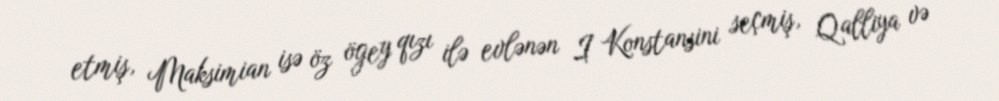
etmiş, Maksimian isə öz ögey qızı ilə evlənən I Konstansini seçmiş, Qalliya və